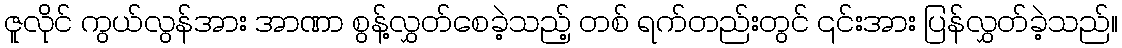
ဇူလိုင် ကွယ်လွန်အား အာဏာ စွန့်လွှတ်စေခဲ့သည့် တစ် ရက်တည်းတွင် ၎င်းအား ပြန်လွှတ်ခဲ့သည်။